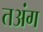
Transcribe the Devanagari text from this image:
तअंग